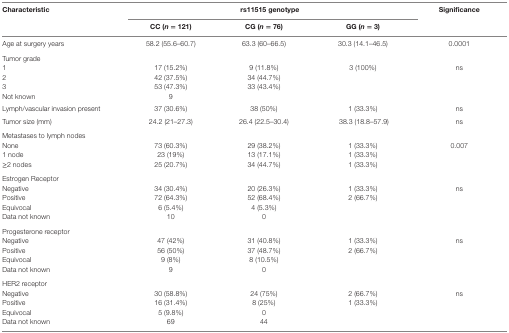
| Characteristic | <COLSPAN=3> rs11515 genotype | Significance |
 |  | CC (n = 121) | CG (n = 76) | GG (n = 3) |  |
 | --- | --- | --- | --- | --- |
 | Age at surgery years | 58.2 (55.6–60.7) | 63.3 (60–66.5) | 30.3 (14.1–46.5) | 0.0001 |
 | <COLSPAN=5> Tumor grade |
 | 1 | 17 (15.2%) | 9 (11.8%) | <ROWSPAN=4> 3 (100%) | <ROWSPAN=4> ns |
 | 2 | 42 (37.5%) | 34 (44.7%) |
 | 3 | 53 (47.3%) | 33 (43.4%) |
 | Not known | 9 |  |
 | Lymph/vascular invasion present | 37 (30.6%) | 38 (50%) | 1 (33.3%) | ns |
 | Tumor size (mm) | 24.2 (21–27.3) | 26.4 (22.5–30.4) | 38.3 (18.8–57.9) | ns |
 | <COLSPAN=5> Metastases to lymph nodes |
 | None | 73 (60.3%) | 29 (38.2%) | 1 (33.3%) | <ROWSPAN=3> 0.007 |
 | 1 node | 23 (19%) | 13 (17.1%) | 1 (33.3%) |
 | ≥2 nodes | 25 (20.7%) | 34 (44.7%) | 1 (33.3%) |
 | <COLSPAN=5> Estrogen Receptor |
 | Negative | 34 (30.4%) | 20 (26.3%) | 1 (33.3%) | <ROWSPAN=4> ns |
 | Positive | 72 (64.3%) | 52 (68.4%) | 2 (66.7%) |
 | Equivocal | 6 (5.4%) | 4 (5.3%) |  |
 | Data not known | 10 | 0 |  |
 | <COLSPAN=5> Progesterone receptor |
 | Negative | 47 (42%) | 31 (40.8%) | 1 (33.3%) | ns |
 | Positive | 56 (50%) | 37 (48.7%) | 2 (66.7%) |  |
 | Equivocal | 9 (8%) | 8 (10.5%) |  |  |
 | Data not known | 9 | 0 |  |  |
 | <COLSPAN=5> HER2 receptor |
 | Negative | 30 (58.8%) | 24 (75%) | 2 (66.7%) | <ROWSPAN=4> ns |
 | Positive | 16 (31.4%) | 8 (25%) | 1 (33.3%) |
 | Equivocal | 5 (9.8%) | 0 |  |
 | Data not known | 69 | 44 |  |